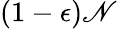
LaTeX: (1-\epsilon)\mathscr{N}